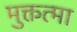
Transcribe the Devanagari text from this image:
मुक्तत्मा